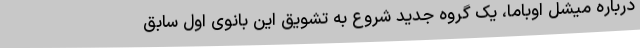
درباره میشل اوباما، یک گروه جدید شروع به تشویق این بانوی اول سابق